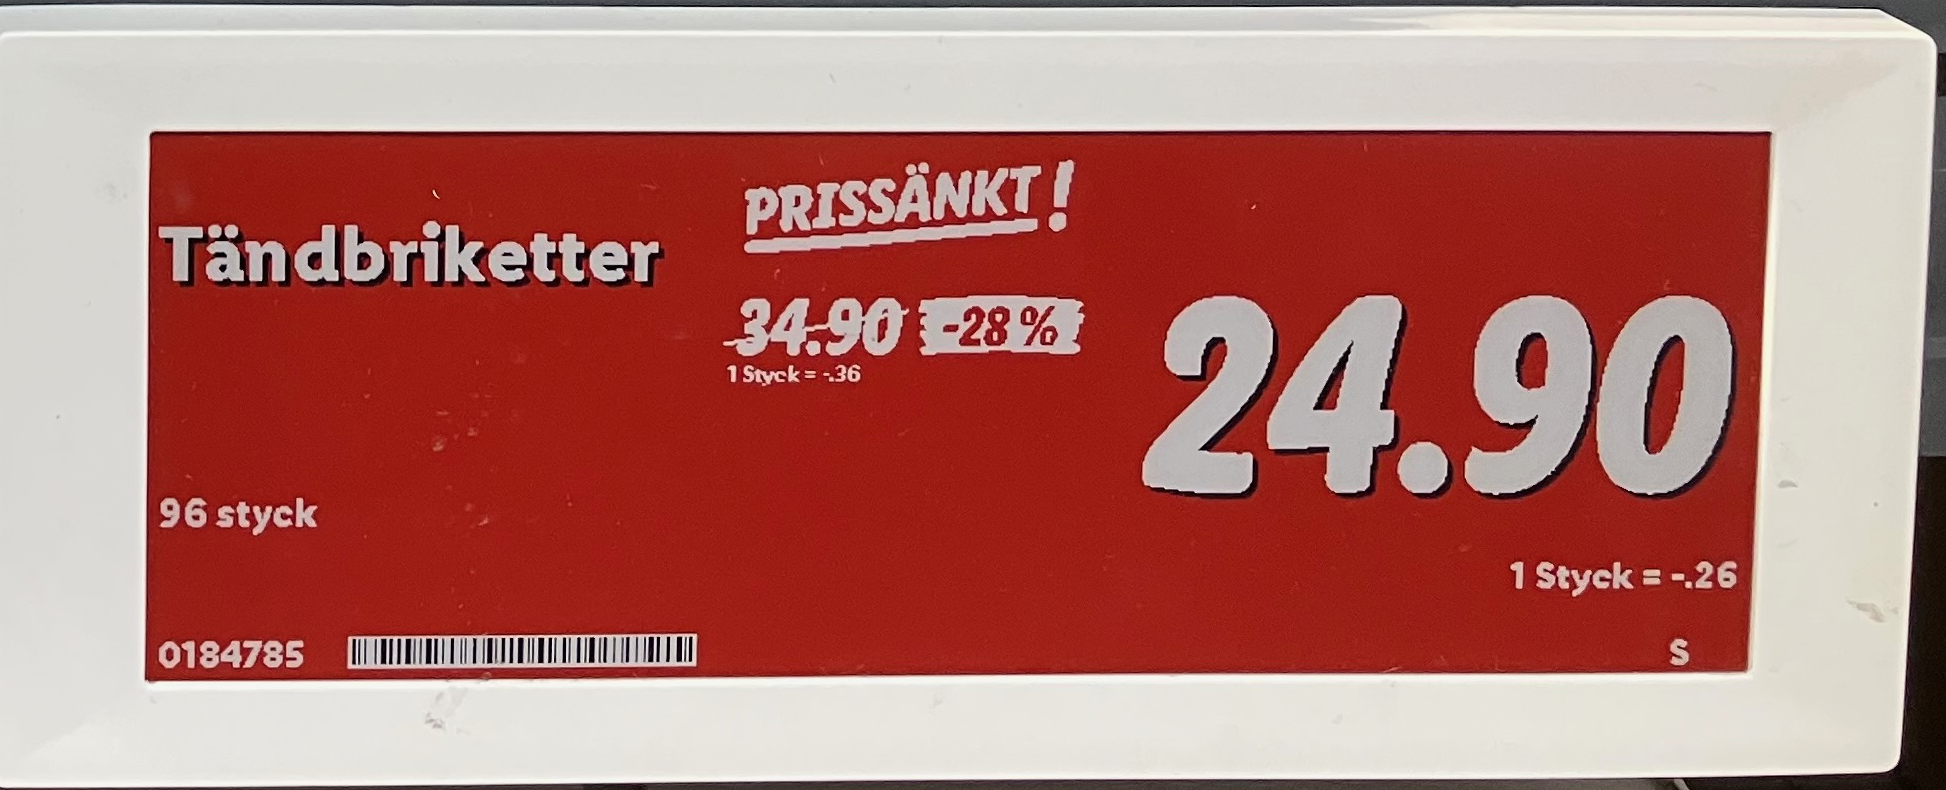
Vara: Tändbriketter
Genomsnittspris: 0.26 per st